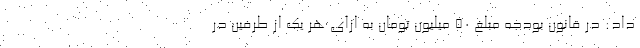
داد: در قانون بودجه مبلغ ۵۰ میلیون تومان به ازای هر یک از طرفین در